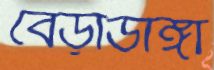
বেড়াডাঙ্গা